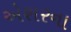
એશરના